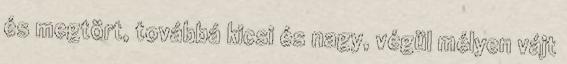
és megtört, továbbá kicsi és nagy, végül mélyen vájt